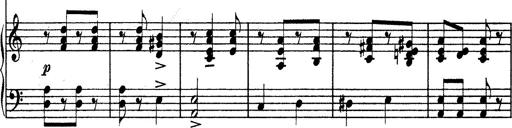
Title: Hungarian Rhapsody No.13
Composer: Franz Liszt
Key: A minor